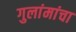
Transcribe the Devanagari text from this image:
गुलांमांचा